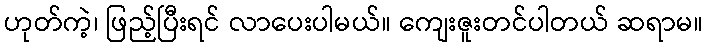
ဟုတ်ကဲ့၊ ဖြည့်ပြီးရင် လာပေးပါမယ်။ ကျေးဇူးတင်ပါတယ် ဆရာမ။